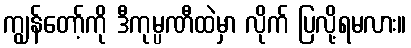
ကျွန်တော့်ကို ဒီကုမ္ပဏီထဲမှာ လိုက် ပြလို့ရမလား။